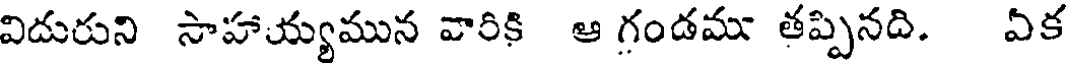
విదురుని సాహాయ్యమున వారికి ఆ గండము తప్పినది. ఏక